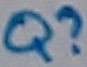
Text: Q?